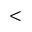
<